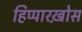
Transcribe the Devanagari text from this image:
हिप्पारख़ोस